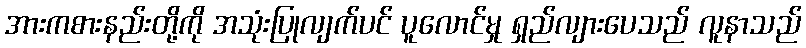
အားကစားနည်းတို့ကို အသုံးပြုလျက်ပင် ပူလောင်မှု ရှည်လျားပေသည် လူနာသည်